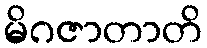
မိဂဇာတာတိ